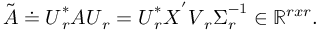
\Tilde { \boldsymbol { A } } \doteq \boldsymbol { U } _ { r } ^ { * } \boldsymbol { A } \boldsymbol { U } _ { r } = \boldsymbol { U } _ { r } ^ { * } \boldsymbol { X } ^ { ' } \boldsymbol { V } _ { r } \boldsymbol { \Sigma } _ { r } ^ { - 1 } \in \mathbb { R } ^ { r x r } .